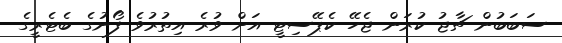
ސަބަބުން ޗާޖު ކުރަން ޖެހޭ ކެޕޭސިޓީ އަށް ވުރެ އިތުރުވެ ފޯނުގެ ބެޓެރީގެ